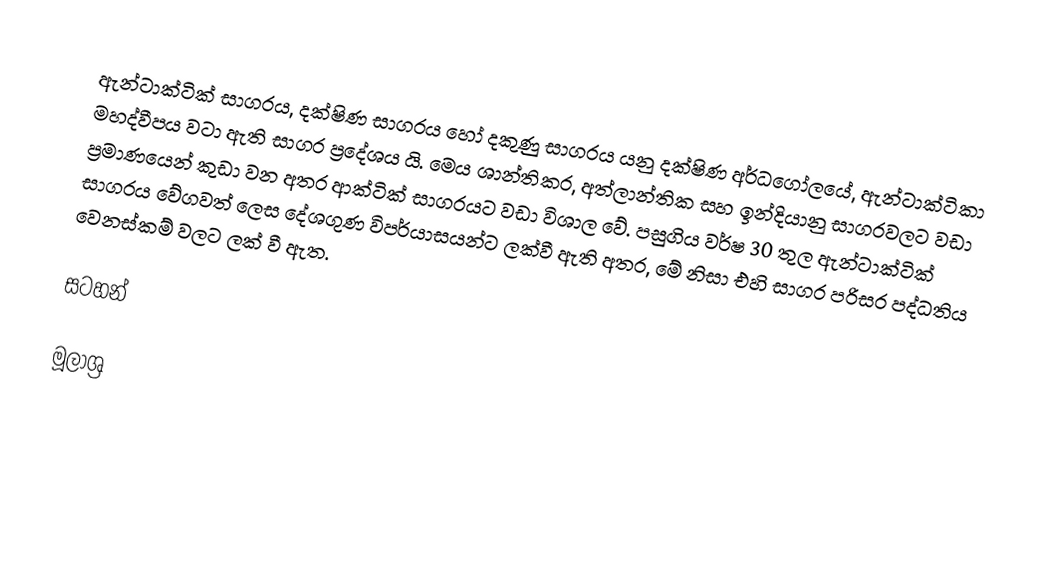
ඇන්ටාක්ටික් සාගරය, දක්ෂිණ සාගරය හෝ දකුණු සාගරය යනු දක්ෂිණ අර්ධගෝලයේ, ඇන්ටාක්ටිකා මහද්වීපය වටා ඇති සාගර ප්‍රදේශය යි. මෙය ශාන්තිකර, අත්ලාන්තික සහ ඉන්දියානු සාගරවලට වඩා ප්‍රමාණයෙන් කුඩා වන අතර ආක්ටික් සාගරයට වඩා විශාල වේ. පසුගිය වර්ෂ 30 තුල ඇන්ටාක්ටික් සාගරය වේගවත් ලෙස දේශගුණ විපර්යාසයන්ට ලක්වී ඇති අතර, මේ නිසා එහි සාගර පරිසර පද්ධතිය වෙනස්කම් වලට ලක් වී ඇත.

සටහන්

මූලාශ්‍ර